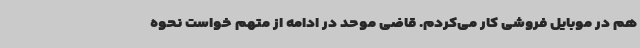
هم در موبایل فروشی کار می‌کردم. قاضی موحد در ادامه از متهم خواست نحوه